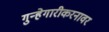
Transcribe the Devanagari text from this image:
गुन्हेगारीकरनावर